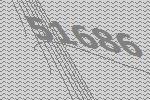
51686